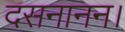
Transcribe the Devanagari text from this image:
दसनानन।